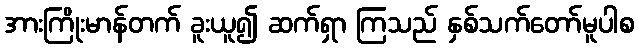
အားကြိုးမာန်တက် ခူးယူ၍ ဆက်ရှာ ကြသည် နှစ်သက်တော်မူပါစ